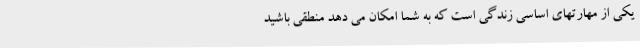
یکی از مهارتهای اساسی زندگی است که به شما امکان می دهد منطقی باشید